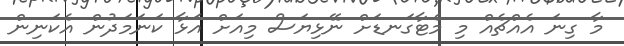
މާ ގިނަ އެއްޗެއް މި މެޓާގަނޑަށް ނޭޅިޔަސް މިއަށް އަޅާ ކަނަމަދުން އެކަނިން